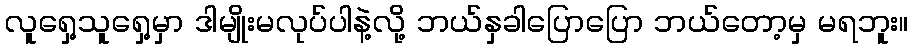
လူရှေ့သူရှေ့မှာ ဒါမျိုးမလုပ်ပါနဲ့လို့ ဘယ်နှခါပြောပြော ဘယ်တော့မှ မရဘူး။